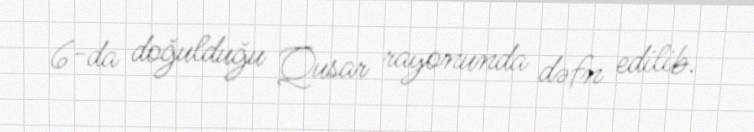
6-da doğulduğu Qusar rayonunda dəfn edilib.